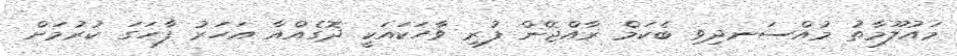
މައުލޫމާތު މުއްސަނދިވި ބެކަމް ރާއްޖޭން ފުރި ވާހަކައަކީ ދޮގެއްއާ އަހަރު ފާހަގަ ކުރުމަށް